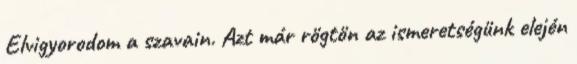
Elvigyorodom a szavain. Azt már rögtön az ismeretségünk elején